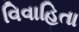
વિવાહિતા